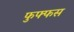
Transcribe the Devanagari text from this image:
फुफ्फस